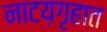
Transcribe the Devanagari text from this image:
नाटय़गृहात